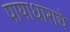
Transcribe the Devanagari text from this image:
पायाधाराचे